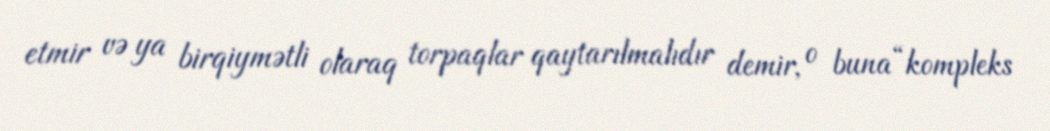
etmir və ya birqiymətli olaraq torpaqlar qaytarılmalıdır demir, o buna “kompleks